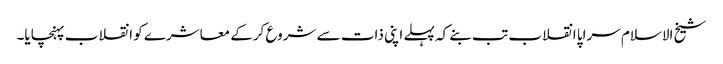
شیخ الاسلام سراپا انقلاب تب بنے کہ پہلے اپنی ذات سے شروع کرکے معاشرے کو انقلاب پہنچایا۔